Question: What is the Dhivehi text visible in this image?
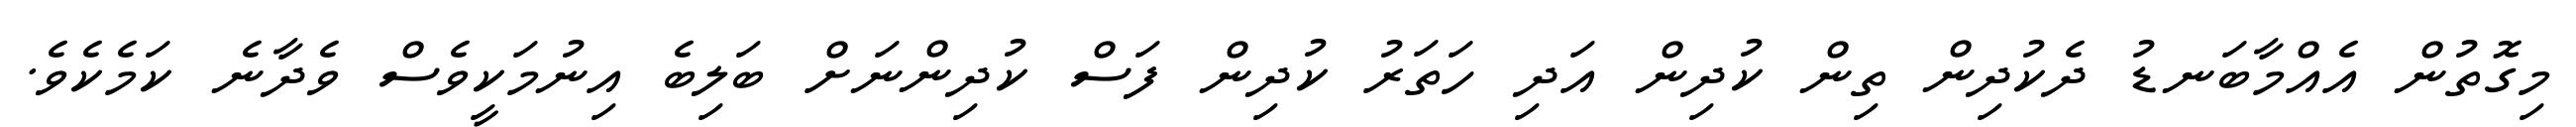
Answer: މިގޮތުން އެއްމާބަނޑު ދެކުދިން ތިން ކުދިން އަދި ހަތަރު ކުދިން ފަސް ކުދިންނަށް ބަލިބެ އިނުމަކީވެސް ވެދާނެ ކަމެކެވެ.